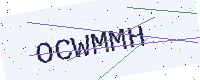
Text: OCWMMH